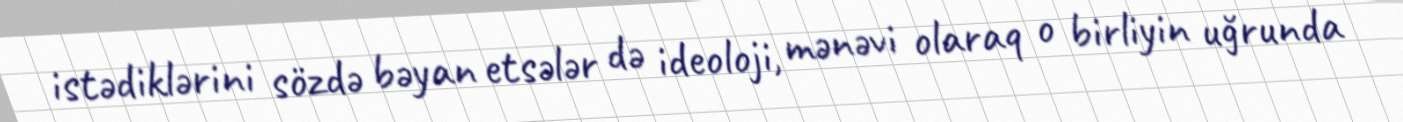
istədiklərini sözdə bəyan etsələr də ideoloji, mənəvi olaraq o birliyin uğrunda